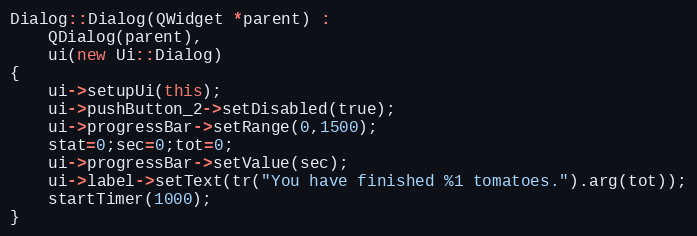
Language: C++
Dialog::Dialog(QWidget *parent) :
    QDialog(parent),
    ui(new Ui::Dialog)
{
    ui->setupUi(this);
    ui->pushButton_2->setDisabled(true);
    ui->progressBar->setRange(0,1500);
    stat=0;sec=0;tot=0;
    ui->progressBar->setValue(sec);
    ui->label->setText(tr("You have finished %1 tomatoes.").arg(tot));
    startTimer(1000);
}